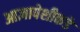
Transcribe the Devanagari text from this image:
आज्ञापेशीकडे